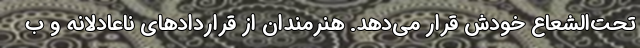
تحت‌الشعاع خودش قرار می‌دهد. هنرمندان از قراردادهای ناعادلانه و ب